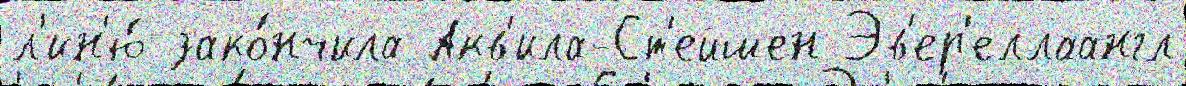
л'ин'ю́ зако́нчила Акв'ила-Ст'ейшен Эв'ер'еллаангл